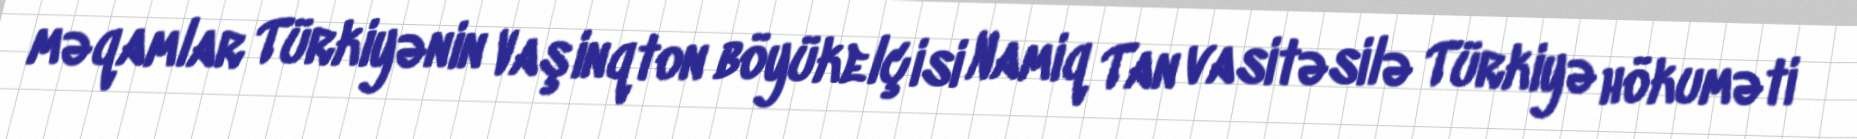
məqamlar Türkiyənin Vaşinqton böyükelçisi Namiq Tan vasitəsilə Türkiyə hökuməti